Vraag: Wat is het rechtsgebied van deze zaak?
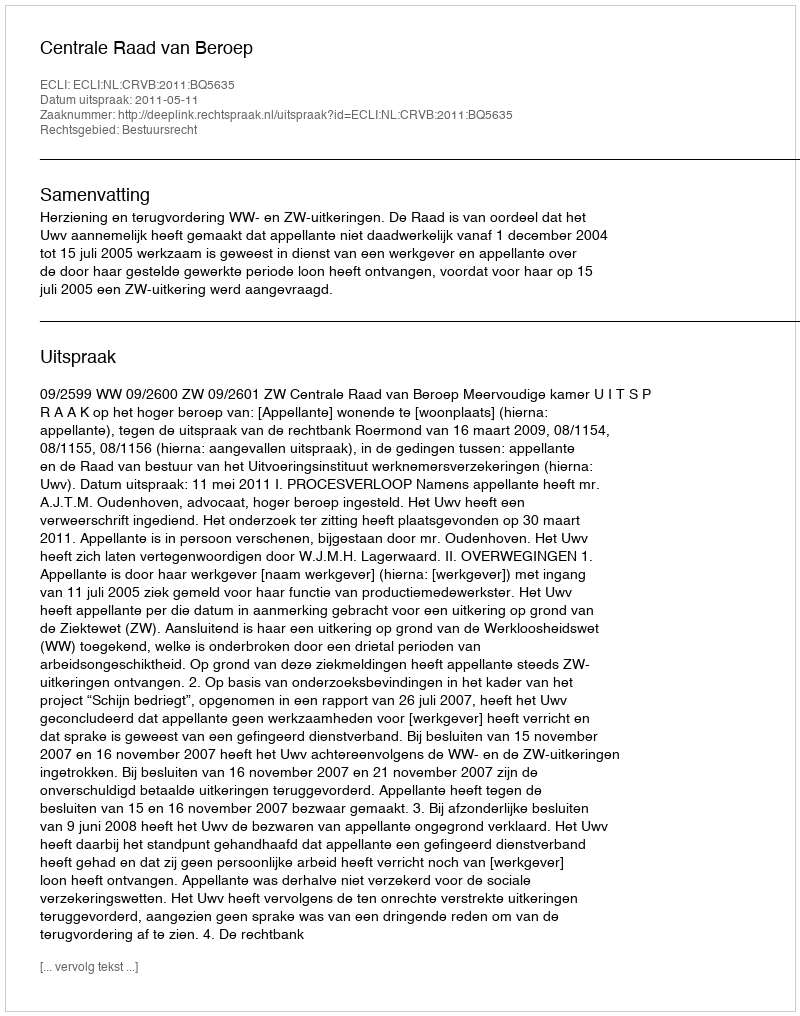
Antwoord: Bestuursrecht